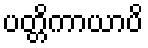
ပတ္တိကာယာပိ